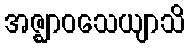
အဇ္ဈာဝသေယျာသိ